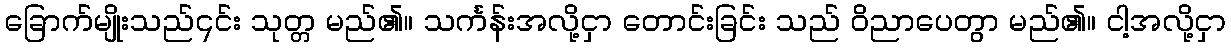
ခြောက်မျိုးသည်၎င်း သုတ္တ မည်၏။ သင်္ကန်းအလို့ငှာ တောင်းခြင်း သည် ဝိညာပေတွာ မည်၏။ ငါ့အလို့ငှာ